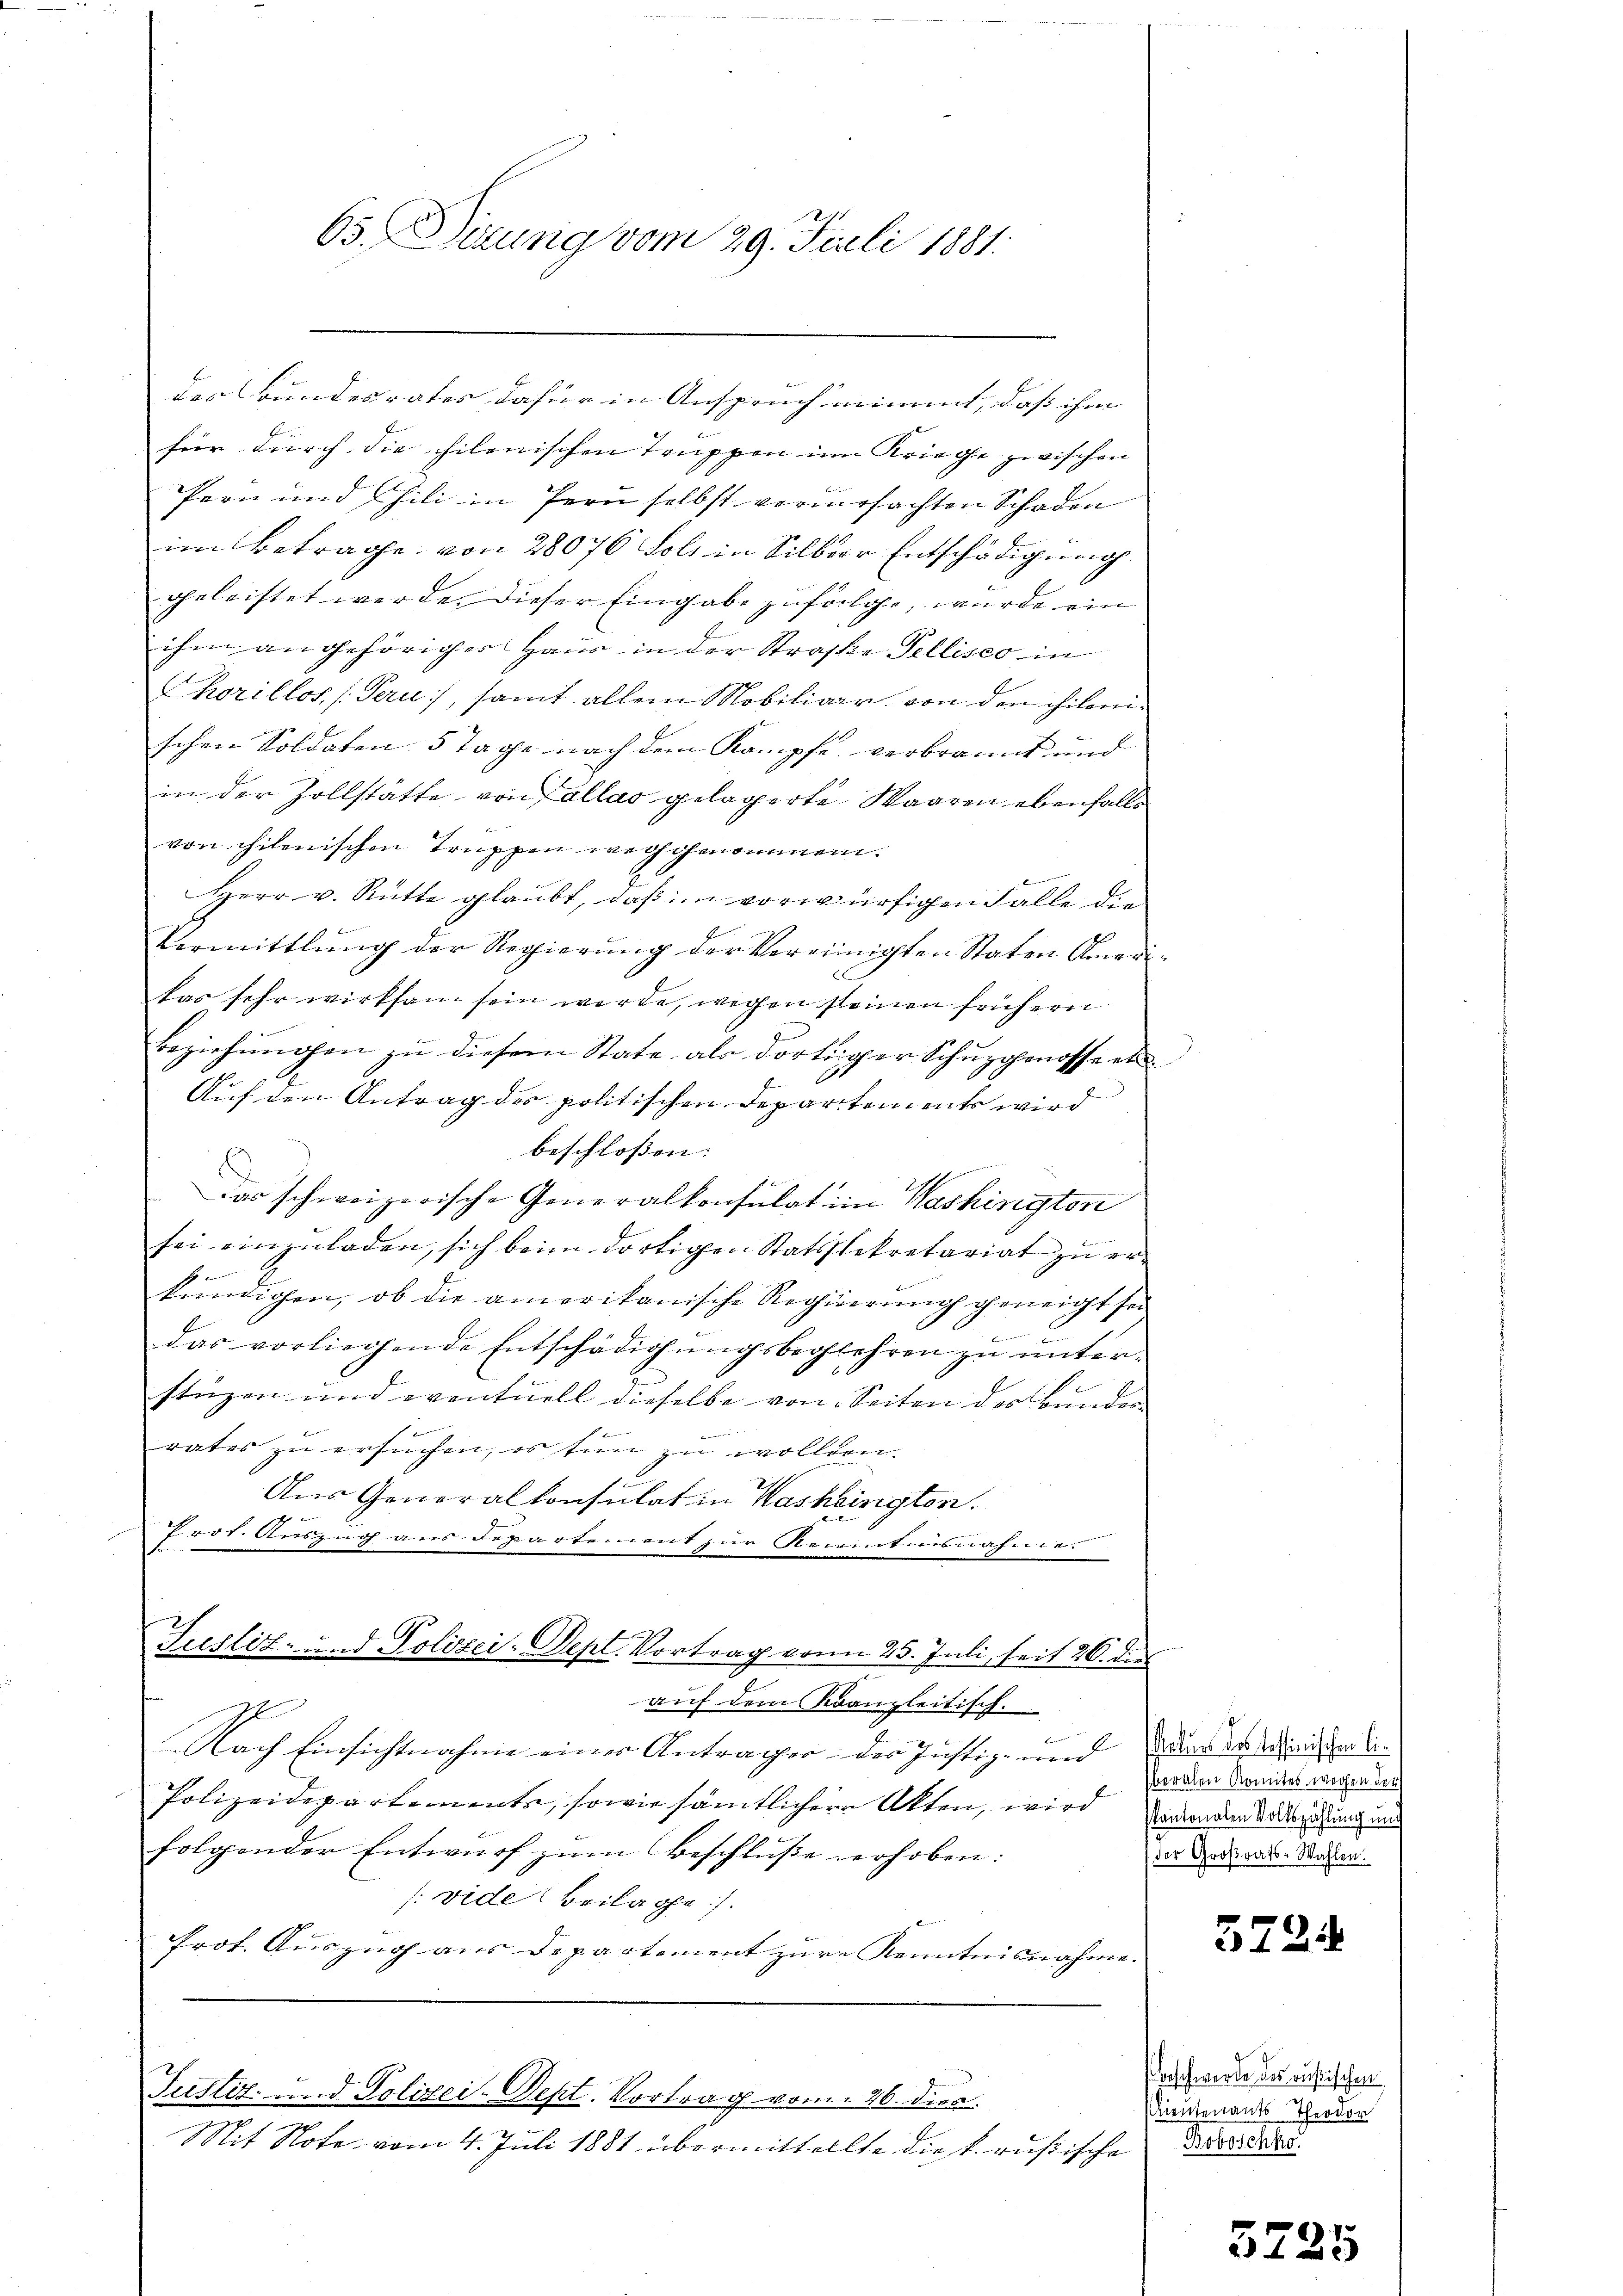
der Bundesrates dafür in Anspruch nimmt, daß ihm
für durch die hilenischen Truppen im Kriege zwischen
fern und hin in Pern selbst verursachten Schaden
im Betrage von 28076 Foll in Silber Entschädigung
geleistet werde. Dieser Eingabe zufolge, wurde ein
ihm angehöriger Haus in der Straße Fellisco in
Chorillos, (Teri, samt allein Mobiliarr von den chilenschen Soldaten 5 Tage nach dem Kampfe verbrannt und |
in der Zollstätte von allas gelegerte Waaren ebenfalls
von chilenischen Truppen weg genommen.
Herr v. Rütte glaubt, daß im vorwürfigen Falle die
Vermittlung der Regierung der vereinigten Staten Amer
kas sehr wirksam sein werde, wegen steinen frühern
Beziehŭngen zu diesem State als dortiger Schuzgenosse et
Auf den Antrag des politischen Departements wird
beschlossen:
E
war schweizerische Generalkonsulat im Washington
sei einzuladen, sich beim dortigen Statssekretariat zu er¬

kundigen, ob die ameritanische Regierung geneigt sei
das vorliegende Entschädigŭngsbeglehren zu unter-
stüzen und eventuell dieselbe von Seiten des Bunden
x
1
rates zu ersŭchen, es tun zu wollten.
Aus Generalkonsulat in Washington.
Prot. Auszug aus Departement zur Recentensnahme
Justiz- und Polizei-Dept. Vortrag von 25. Juli, seit 26. dies
auf dem Kanzleitisch.
l
Nach Einsichtnahme einer Antrager der Justiz- und
Polizeidepartements, sowie sämtlicher Akten, wird
folgender Entwurf zum Beschluße erhoben:
/:vide Beilage).
Prof. Auszug aus Departement zur Kenntnisnahme.
Justiz- und Polizei-Dept. Vortrag vom 26. dies
Mit Note vom 4. Juli 1881 übermittellte die k. russische Art dass

65. Dirung vom 29. Juli 1881.

7
Selues des Tessinischen Ciberalen Romites wegen der
kantonalen Volkszählung und
der Großrats-Wahlen.

5724

beschwerde des aussischen
Lieutenants Theodor

3725